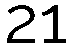
21